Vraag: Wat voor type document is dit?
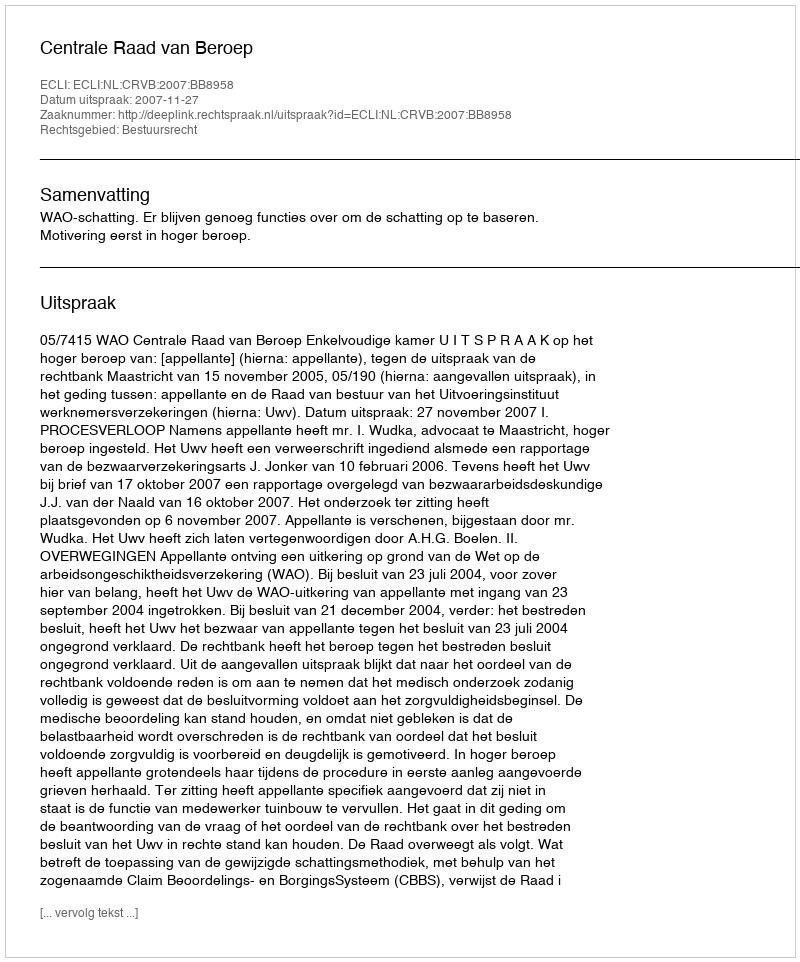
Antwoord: Uitspraak